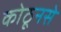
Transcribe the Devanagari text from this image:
कोठूनसे